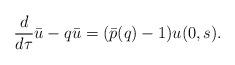
LaTeX: \begin{align*} \frac{d}{d\tau} \bar u -q\bar u = (\bar p(q)-1)u(0,s).\end{align*}